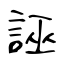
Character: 誣